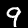
Digit: 9